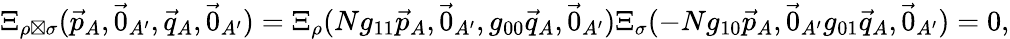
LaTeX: \begin{array}{r}{\Xi_{\rho\boxtimes\sigma}(\vec{p}_{A},\vec{0}_{A^{\prime}},\vec{q}_{A},\vec{0}_{A^{\prime}})=\Xi_{\rho}(Ng_{11}\vec{p}_{A},\vec{0}_{A^{\prime}},g_{00}\vec{q}_{A},\vec{0}_{A^{\prime}})\Xi_{\sigma}(-Ng_{10}\vec{p}_{A},\vec{0}_{A^{\prime}}g_{01}\vec{q}_{A},\vec{0}_{A^{\prime}})=0,}\end{array}